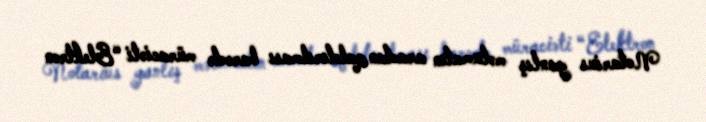
Notarius yanlış məlumatın aradan qaldırılması barədə müraciəti “Elektron